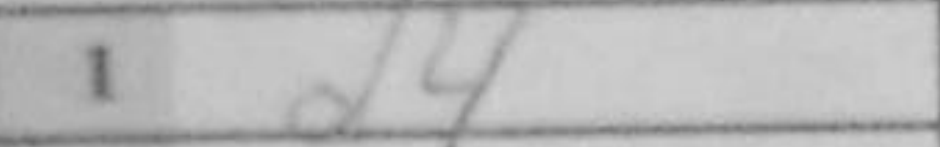
Transcription: d4